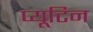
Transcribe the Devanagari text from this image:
प्यूटिन